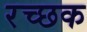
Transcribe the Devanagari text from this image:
रच्‍छक